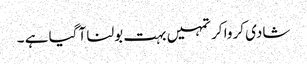
شادی کروا کر تمہیں بہت بولنا آ گیا ہے ۔